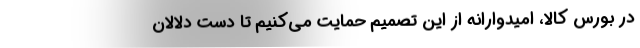
در بورس کالا، امیدوارانه از این تصمیم حمایت می‌کنیم تا دست دلالان